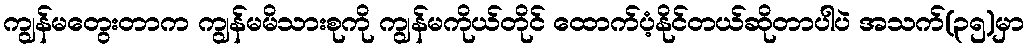
ကျွန်မတွေးတာက ကျွန်မမိသားစုကို ကျွန်မကိုယ်တိုင် ထောက်ပံ့နိုင်တယ်ဆိုတာပါပဲ အသက်(၃၅)မှာ